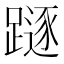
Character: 𨄃